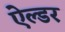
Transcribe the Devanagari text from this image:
ऐल्डर